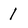
Character: 1